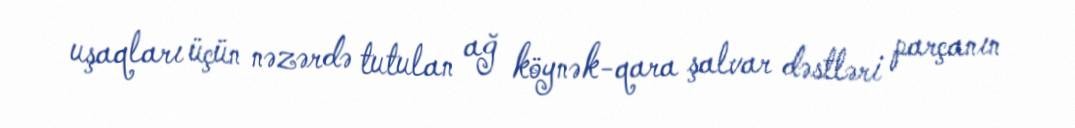
uşaqları üçün nəzərdə tutulan ağ köynək-qara şalvar dəstləri parçanın